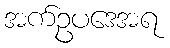
အက်ဥပဒေအရ